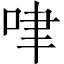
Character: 㖀